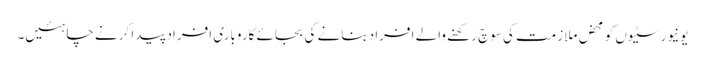
یونیورسٹیوں کو محض ملازمت کی سوچ رکھنے والے افراد بنانے کی بجائے کاروباری افراد پیدا کرنے چاہئیں۔